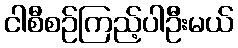
ငါစီစဉ်ကြည့်ပါဦးမယ်